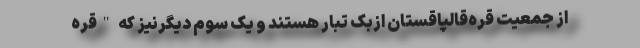
از جمعیت قره‌قالپاقستان ازبک تبار هستند و یک سوم دیگرنیز که "قره‌